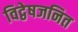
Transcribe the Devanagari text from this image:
विद्वेषजनित